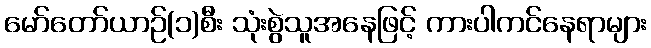
မော်တော်ယာဉ်(၁)စီး သုံးစွဲသူအနေဖြင့် ကားပါကင်နေရာများ